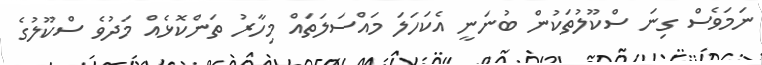
ނަމަވެސް ގިނަ ސްކޫލުތަކުން ބުނަނީ އެކަހަލަ މައްސަލަތައް މިހާރު ތަންކޮޅެއް މަދުވެ ސްކޫލުގެ